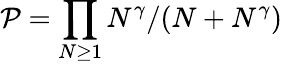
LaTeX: \mathcal{P}=\prod_{N\geq 1}N^{\gamma}/(N+N^{\gamma})